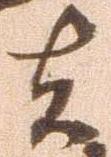
者